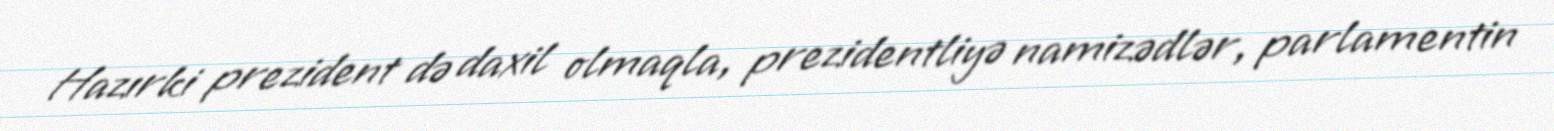
Hazırki prezident də daxil olmaqla, prezidentliyə namizədlər, parlamentin